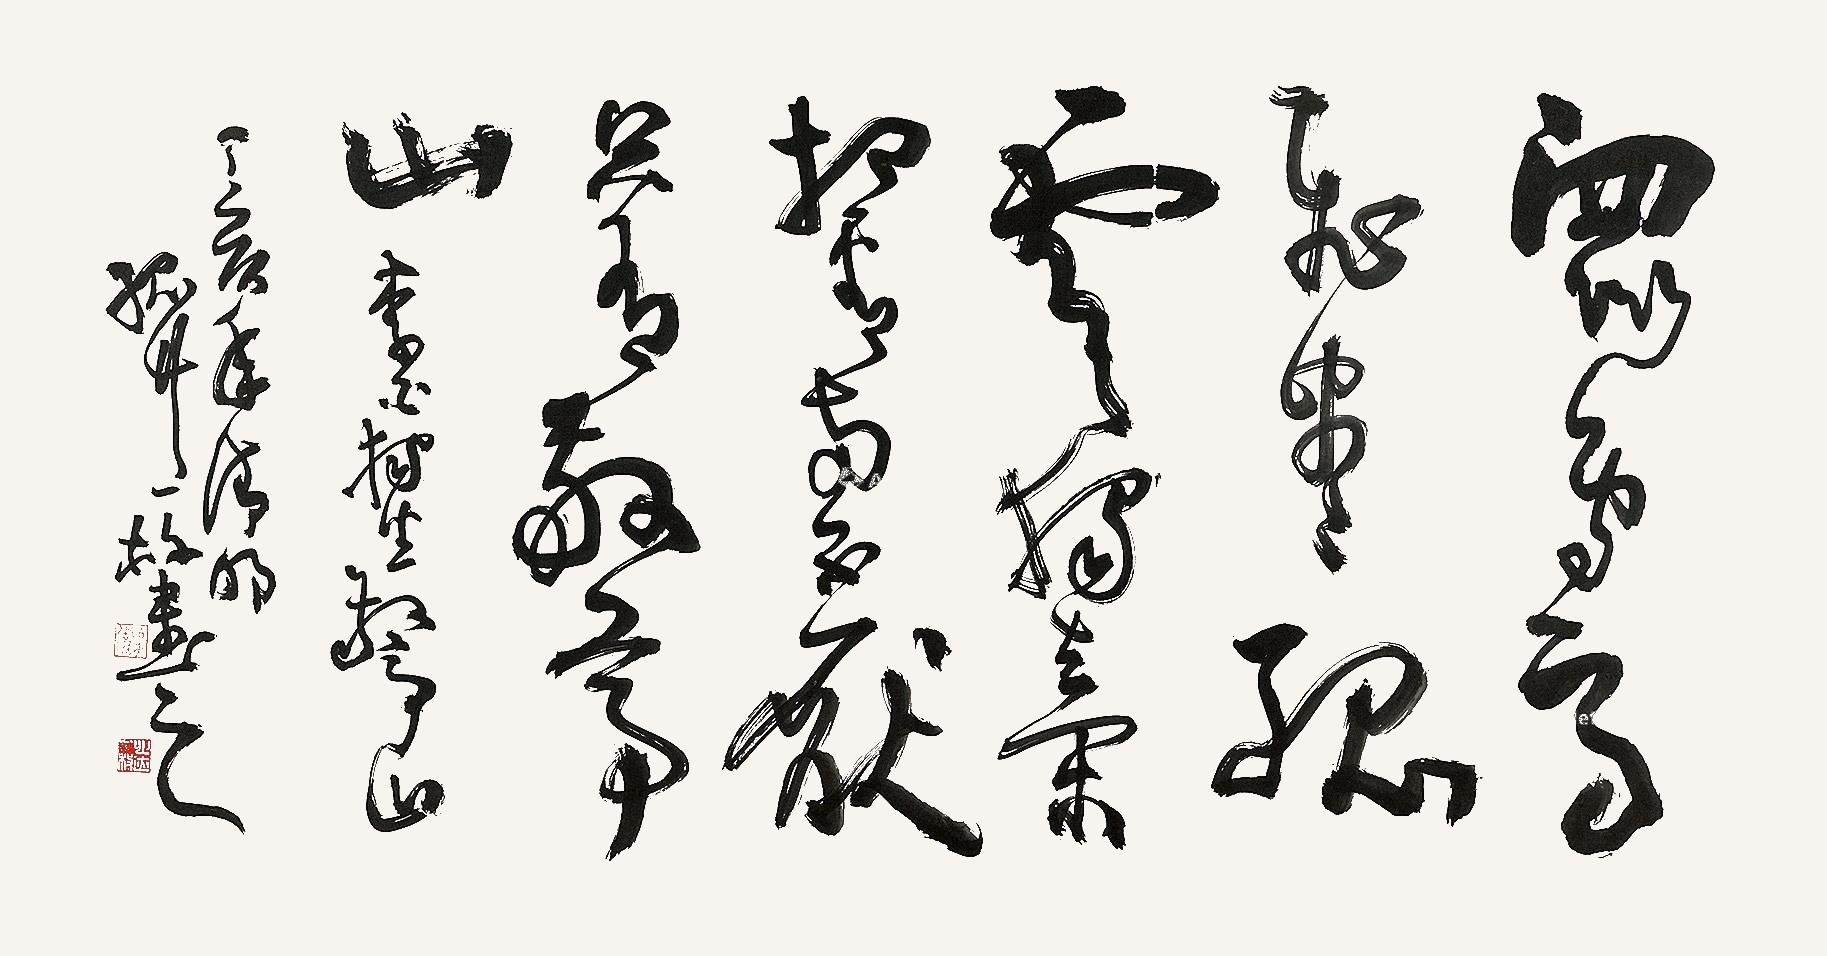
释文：众鸟高飞尽，孤云独去闲。相看两不厌，只有敬亭山。李白独坐敬亭山。丁亥年清明，孤竹一枚书之。